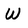
Character: W